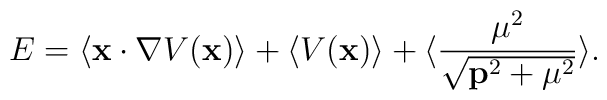
E = \langle {\bf x} \cdot \nabla V({\bf x}) \rangle + \langle V({\bf x}) \rangle  + \langle {{\mu}^2 \over \sqrt{{\bf p}^2 + {\mu}^2}} \rangle.